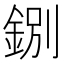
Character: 𨧢